Vaccine operations Central Provinces 1900-1911 - 1900-1911
Year: 1900
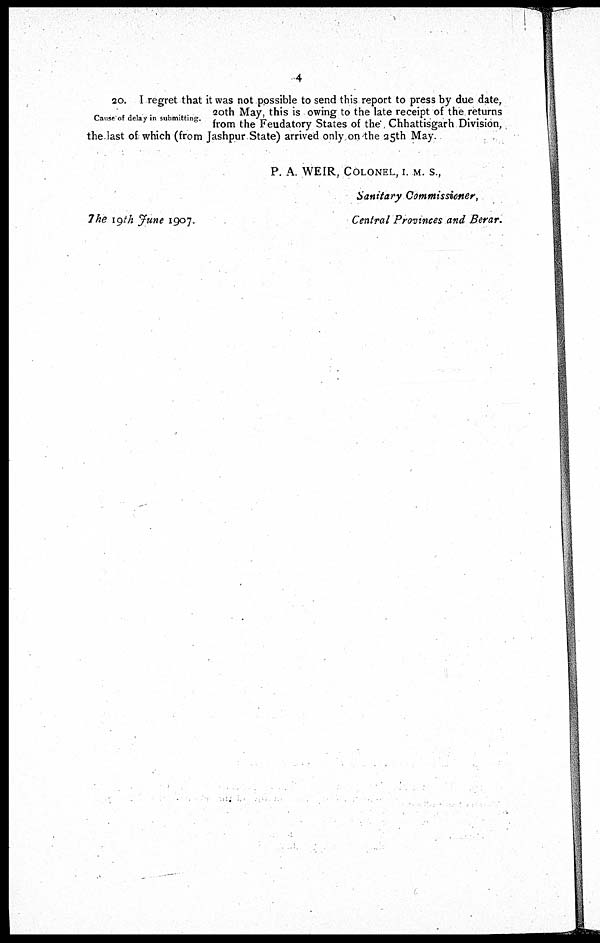
4
Cause of delay in submitting.
20. I regret that it was not possible to send this report to press by due date,
20th May, this is owing to the late receipt of the returns
from the Feudatory States of the Chhattisgarh Division,
the last of. which (from Jashpur State) arrived only on the 25th May.
P. A. WEIR, COLONEL, I. M. S.,
Sanitary Commissioner,
Central Provinces and Berar.
The 19th June 1907.